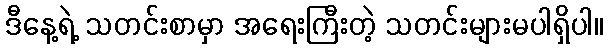
ဒီနေ့ရဲ့ သတင်းစာမှာ အရေးကြီးတဲ့ သတင်းများမပါရှိပါ။